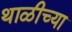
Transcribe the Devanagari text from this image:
थाळीच्या